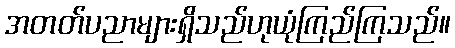
အတတ်ပညာများရှိသည်ဟုယုံကြည်ကြသည်။